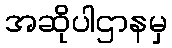
အဆိုပါဌာနမှ